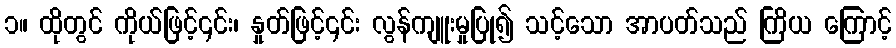
၁။ ထိုတွင် ကိုယ်ဖြင့်၎င်း၊ နှုတ်ဖြင့်၎င်း လွန်ကျူးမှုပြု၍ သင့်သော အာပတ်သည် ကြိယ ကြောင့်